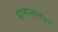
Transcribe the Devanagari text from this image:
सामान्यतयर